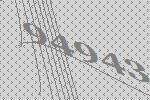
94943